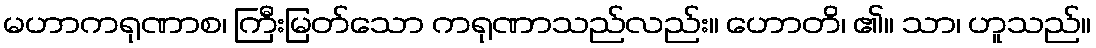
မဟာကရုဏာစ၊ ကြီးမြတ်သော ကရုဏာသည်လည်း။ ဟောတိ၊ ၏။ သာ၊ ဟူသည်။